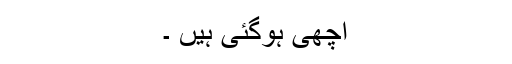
اچھی ہوگئی ہیں ۔